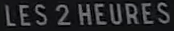
LES2HEURES